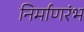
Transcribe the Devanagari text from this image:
निर्माणरंभ